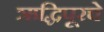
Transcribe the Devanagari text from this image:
ऋद्धिपूरचे